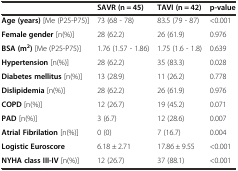
<table><thead><tr><td></td><td><b>SAVR (n = 45)</b></td><td><b>TAVI (n = 42)</b></td><td><b>p-value</b></td></tr></thead><tbody><tr><td><b>Age</b><b>(years)</b> [Me (P25-P75)]</td><td>73 (68 - 78)</td><td>83.5 (79 - 87)</td><td>&lt;0.001</td></tr><tr><td><b>Female gender</b> [n(%)]</td><td>28 (62.2)</td><td>26 (61.9)</td><td>0.976</td></tr><tr><td><b>BSA (</b><b>m</b><sup><b>2</b></sup><b>)</b> [Me (P25-P75)]</td><td>1.76 (1.57 - 1.86)</td><td>1.75 (1.6 - 1.8)</td><td>0.639</td></tr><tr><td><b>Hypertension</b> [n(%)]</td><td>28 (62.2)</td><td>35 (83.3)</td><td>0.028</td></tr><tr><td><b>Diabetes mellitus</b> [n(%)]</td><td>13 (28.9)</td><td>11 (26.2)</td><td>0.778</td></tr><tr><td><b>Dislipidemia</b> [n(%)]</td><td>28 (62.2)</td><td>26 (61.9)</td><td>0.976</td></tr><tr><td><b>COPD</b> [n(%)]</td><td>12 (26.7)</td><td>19 (45.2)</td><td>0.071</td></tr><tr><td><b>PAD</b> [n(%)]</td><td>3 (6.7)</td><td>12 (28.6)</td><td>0.007</td></tr><tr><td><b>Atrial Fibrilation</b> [n(%)]</td><td>0 (0)</td><td>7 (16.7)</td><td>0.004</td></tr><tr><td><b>Logistic Euroscore</b></td><td>6.18 ± 2.71</td><td>17.86 ± 9.55</td><td>&lt;0.001</td></tr><tr><td><b>NYHA class III</b><b>-</b><b>IV</b> [n(%)]</td><td>12 (26.7)</td><td>37 (88.1)</td><td>&lt;0.001</td></tr></tbody></table>